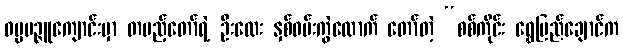
ဓမ္မမဉ္ဇူကျောင်းမှာ တပည့်တော်ရဲ့ ဦးလေး နှစ်ဝမ်းကွဲလောက် တော်တဲ့ “စစ်ကိုင်း ရွှေပြည်ချောင်က